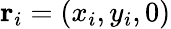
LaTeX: \mathbf{r}_{i}=(x_{i},y_{i},0)